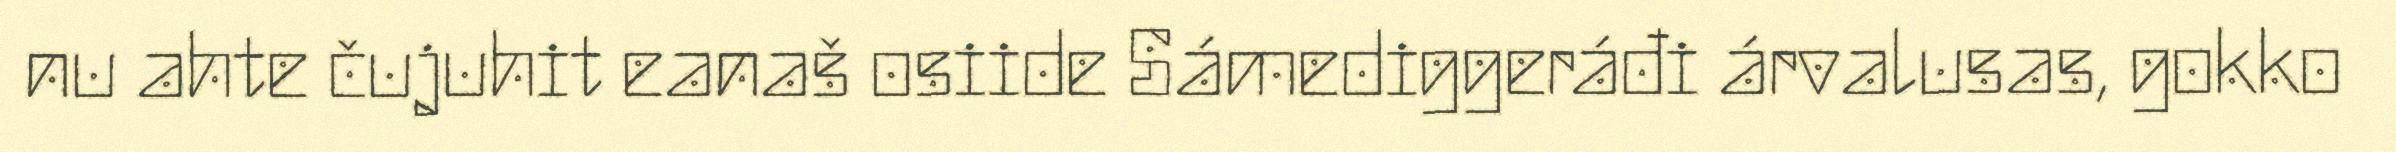
nu ahte čujuhit eanaš osiide Sámediggeráđi árvalusas, gokko